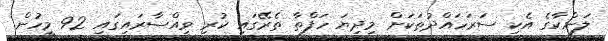
ލަންކާގެ އެކި ސަރަހައްދުތަކަށް މިދިޔަ ހަފްތާ ތެރޭގައި ކުރި ވިއްސާރައިގައި 92 މީހުން